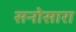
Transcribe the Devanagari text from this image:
सनोसारा